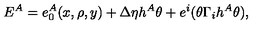
E ^ { A } = e _ { 0 } ^ { A } ( x , \rho , y ) + \Delta \eta h ^ { A } \theta + e ^ { i } ( \theta \Gamma _ { i } h ^ { A } \theta ) ,